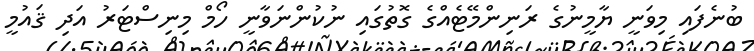
ބުނެފައި މިވަނީ ޔާމީނުގެ ރަނިންމޭޓެއްގެ ގޮތުގައި ނުކުންނަވާނީ ހޯމް މިނިސްޓަރު އަދި ޤައުމީ